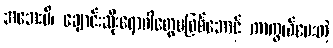
အအေးမိ၊ ချောင်းဆိုးရောဂါတွေမဖြစ်အောင် ကာကွယ်ပေးတဲ့